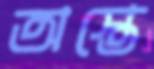
অস্তে